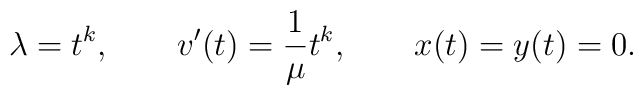
\lambda = t^k,\qquad v'(t) = {1\over \mu} t^k, \qquad x(t)=y(t)=0.